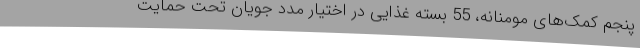
پنجم کمک‌های مومنانه، 55 بسته غذایی در اختیار مدد جویان تحت حمایت